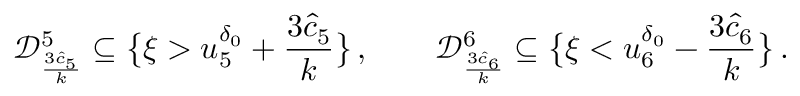
\mathcal { D } _ { \frac { 3 \hat { c } _ { 5 } } { k } } ^ { 5 } \subseteq \big \{ \xi > u _ { 5 } ^ { \delta _ { 0 } } + \frac { 3 \hat { c } _ { 5 } } { k } \big \} \, , \qquad \mathcal { D } _ { \frac { 3 \hat { c } _ { 6 } } { k } } ^ { 6 } \subseteq \big \{ \xi < u _ { 6 } ^ { \delta _ { 0 } } - \frac { 3 \hat { c } _ { 6 } } { k } \big \} \, .